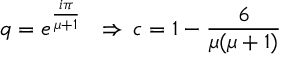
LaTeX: q = e ^ { \frac { i \pi } { \mu + 1 } } \ \ \Rightarrow \, c = 1 - \frac { 6 } { \mu ( \mu + 1 ) }